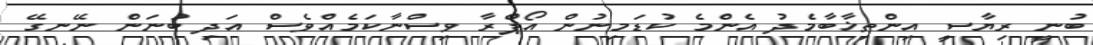
ބުނީ ރިޔާސީ އިންތިޚާބާމެދު އެންމެ ކުޑަމިނުން އޯޕްރާ ވިސްނާކަމެއްވެސް އަދި ބުނަން ނޭނގޭ